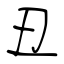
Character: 丑